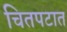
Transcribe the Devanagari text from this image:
चितपटात